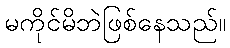
မကိုင်မိဘဲဖြစ်နေသည်။